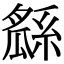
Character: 𤬖